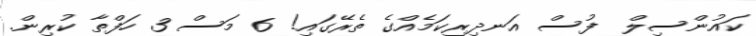
ކައުންސިލް  ފުސް އަނދިރިކަމެއްގެ ތެރޭގައި! 6 މަސް 3 ހަފްތާ ކުރިން.